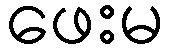
ဖေးမ